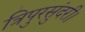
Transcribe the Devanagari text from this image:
त्रिपुरसुंदरी।